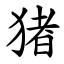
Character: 猪